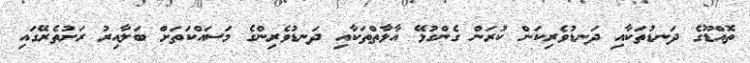
ތޮއްޑޫގެ ދަނޑުތަކާއި ދަނޑުވެރިކަން ކުރަން ގެންގުޅޭ އާލާތްތަކާއި ދަނޑުވެރިންގެ މަސައްކަތަށް ބަލާއިރު ރަށުތެރޭގައި